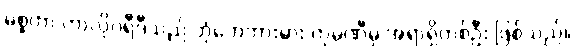
မစ္စတာ ကာလိုဂရီဒီသည် ဘုံဘေဘားမား ကုမ္ပဏီမှ အရာရှိတစ်ဦး ဖြစ်သည်။